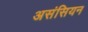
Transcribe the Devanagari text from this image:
असंसियन